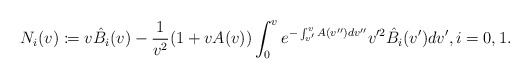
\begin{align*} N_{i}(v)\coloneqq v\hat{B}_{i}(v)-\frac{1}{v^2}(1+vA(v))\int_0^ve^{-\int_{v'}^vA(v'')dv''}v'^2\hat{B}_{i}(v')dv',\textrm{$i=0,1$}.\end{align*}